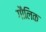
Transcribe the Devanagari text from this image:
गौलिक